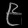
Digit: ၉